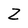
Character: Z